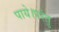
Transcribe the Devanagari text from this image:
पाये।परंतु